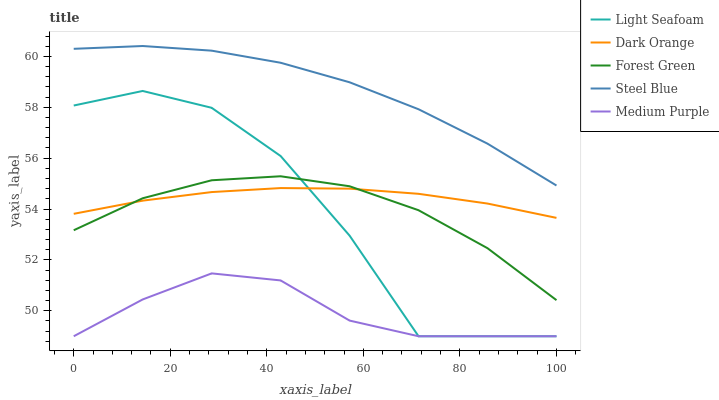
| xaxis_label | Light Seafoam | Dark Orange | Forest Green | Steel Blue | Medium Purple |
 | --- | --- | --- | --- | --- | --- |
 | 0 | 58.1 | 53.8 | 53.2 | 60.3 | 49 |
 | 14.3 | 58.6 | 54.3 | 54.4 | 60.4 | 50.4 |
 | 28.6 | 58 | 54.7 | 55.1 | 60.2 | 51.5 |
 | 42.9 | 56.1 | 54.8 | 55.3 | 59.7 | 51.2 |
 | 57.1 | 53 | 54.8 | 54.9 | 59 | 49.6 |
 | 71.4 | 49 | 54.6 | 54 | 57.9 | 49 |
 | 85.7 | 49 | 54.2 | 52.5 | 56.6 | 49 |
 | 100 | 49 | 53.7 | 50.4 | 54.9 | 49 |